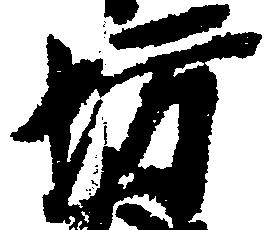
坊